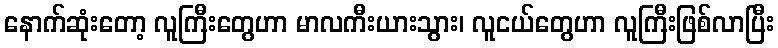
နောက်ဆုံးတော့ လူကြီးတွေဟာ မာလကီးယားသွား၊ လူငယ်တွေဟာ လူကြီးဖြစ်လာပြီး